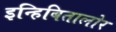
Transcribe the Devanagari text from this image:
इन्हिबितालोर